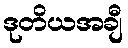
ဒုတိယအချီ